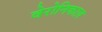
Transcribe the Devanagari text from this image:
वेरोनिकाज़